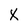
Character: X